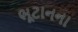
ભૂટાનના